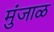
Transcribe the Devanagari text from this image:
मुंजाळ